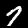
Digit: 7